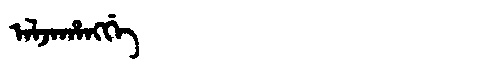
Manchu: ᠠᠯᠵᠠᡥᠠᠩᡤᡝ
Romanization: ALJAHANGGE